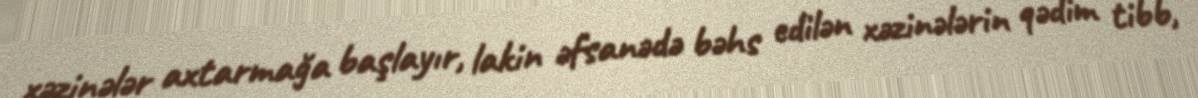
xəzinələr axtarmağa başlayır, lakin əfsanədə bəhs edilən xəzinələrin qədim tibb,